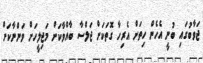
ޖަވާބުގައި ބުނީ އެހެން ހިތަށް އެރިހާ ގޮތަކަށް ޖަލްސާ ބާއްވާކަށް މަޖިލީހަށް ވަންނާކަށް